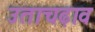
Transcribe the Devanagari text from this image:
उताचढ़ाव